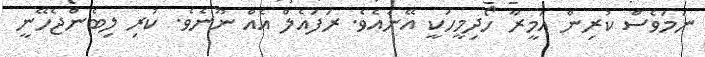
ނަމަވެސް ކުރިން އަމީރާ ހޯދިމީހަކީ އޭނައެވެ. ރަފައެލް އެއް ނޫނެވެ. ކުރި ލިބެންޖެހޭނީ